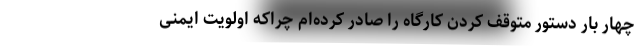
چهار بار دستور متوقف کردن کارگاه را صادر کرده‌ام چراکه اولویت ایمنی